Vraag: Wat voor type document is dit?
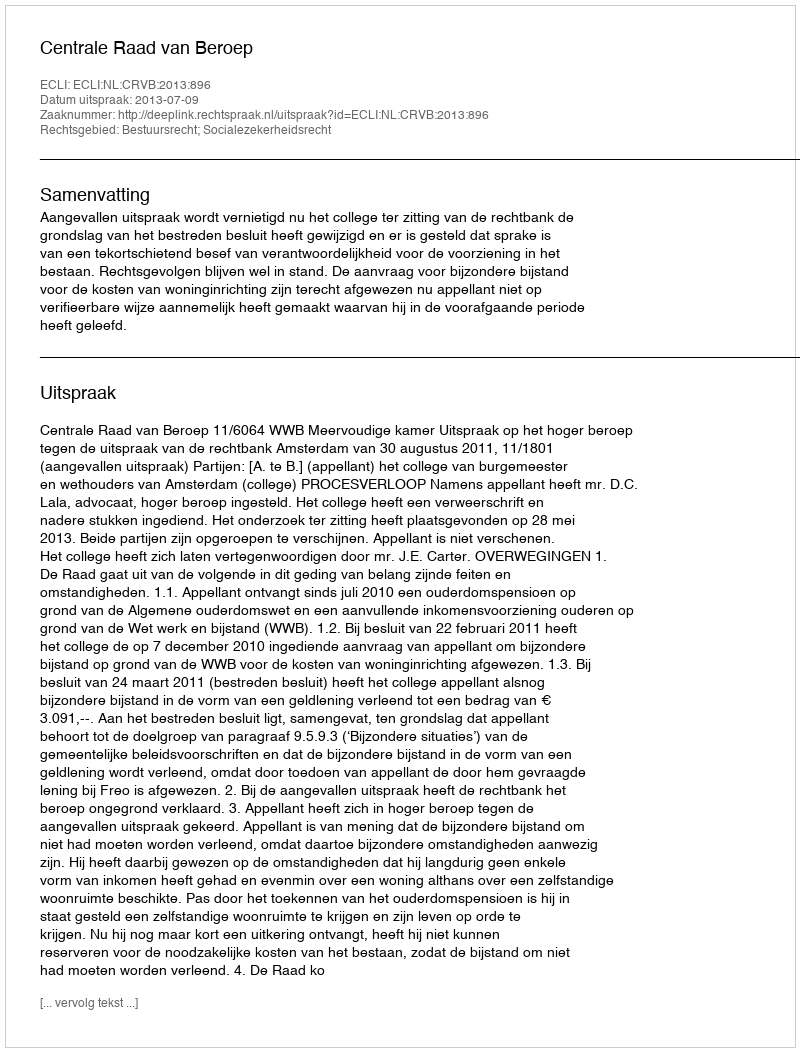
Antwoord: Uitspraak